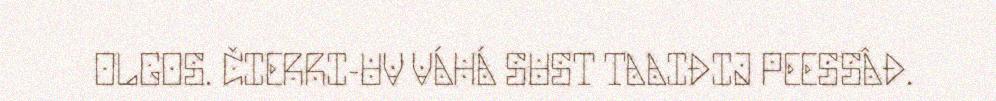
OLGOS. ČIERRI-UV VÁHÁ SUST TAAIĐIJ PEESSÂĐ.